Calcutta medical institutions reports 1879-81 [i.e.91]
Year: 1879
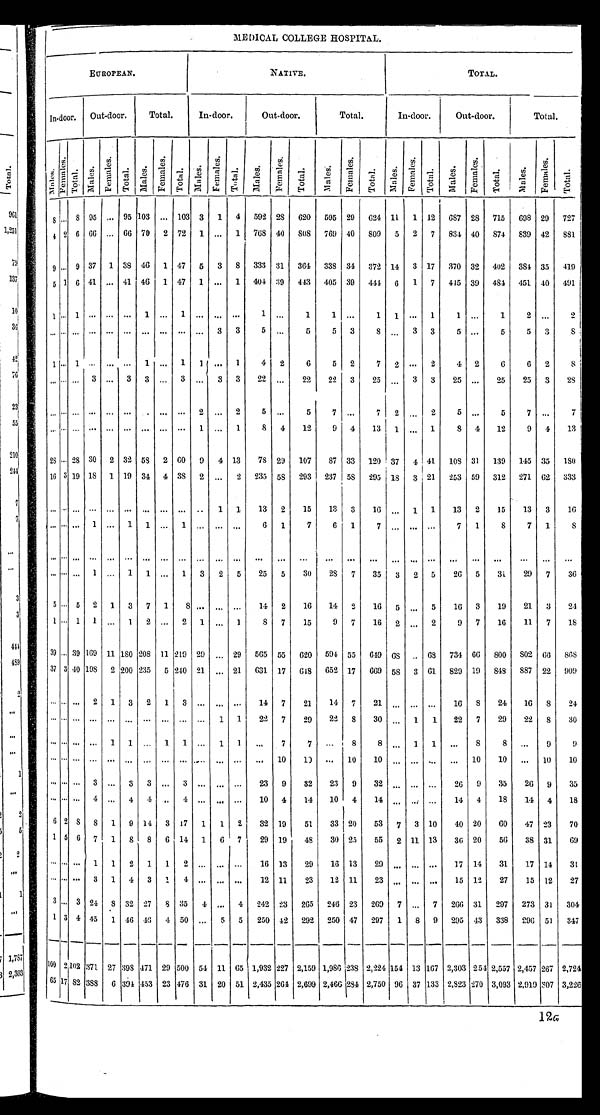
MEDICAL COLLEGE HOSPITAL.
EUROPEAN.
NATIVE.
TOTAL.
Indoor.
Out-door.
T o t a l .
In-door.
Out-door.
Total.
In-door.
Out-door.
Total.
Males
Female
Total
M a l e
F e m a l e
Total
Mal e
F e m a l e
Total
Mal e
Femal e Tot al
M a l e
F e ma l e
T o t a l
Mal e
F e m a l e
T o t a l
M a l e
Female
T o t a l
M a l e F e ma l e
T o t a l
M a l e
Femal e
T o t a l
S ..
8 95 ... 95 103 ... 103 3
1
4
592 28
620
595 29
624 11
1 12
687 2S
715
698 29
727
4 2 6 60 ... 66 70 2 72 1 ... 1 768 40
8 0 8
769 40
809
5
2
7
834 40
874
839 42
881
9 . . . 9 37 1 3S 46 1 47 5 3 8 333 31 364 338 34 372 14 3 17 370 32 402 384 35 419
5 1 6 41 ...
41 46
1 47
1 ...
1
404 39
443
405 39
444 6
1
7
445 39
484
4 5 1 40
491
1 ...
1 ...
...
...
1 ...
1 ... ...
...
1 ...
1
1 ...
1
1 ...
1
1 ...
1
1 ...
2
. . . . . .
...
3 ...
3
3 ...
3 ....
3
3
5
. . .
5
5
3
S ...
3
3
5 ...
5
5
3
3
1 ... 1 ...
...
...
1 ...
1
1
...
1
4
2
6
5
2
7
2 ...
2
4
2
6
6
2
S
... ... ... 3
. . . 3
3 ...
3 ...
3
3
22
. . .
22
22
3
25
. . . 3
3
25 ...
25
25
3
2S
... ... ... .... ... ...
...
... ...
2
. . . .
2
5
. . .
5
7 ...
7
2 ...
2
5 ...
5
7
...
7
... .... ...
... ... ... ... ... ...
1
...
1
8
4
12
9
4
13 1 1 ... 1
8
4
12
9
4
13
2S
. . .
28 30
2 32 53
2 60
9
4 13
78 29
107
87 33
120 37
4 41
108 31
139
145 35
180
16 3 19 18
1 19 34
4 38
2 ...
2
235 58
293
237 5S
295 18
3 21
253 59
312
271 62
333
...
...
...
...
...
...
... ... ...
..
1
1
13
2
15
13
3
16 ..,
1
1
13
2
15
13
3
16
. . . . . . .
. . .
1
. . .
1
1
. . .
1
. . .
. . .
. . .
6
1
7
6
1
7 ... ... ...
7
1
8
7
1
8
...
... ...
...
... ...
... ... ...
..
... ...
. . .
...
. . .
...
...
...
...
...
...
. . . ...
. . . .
. . .
. . .
. . .
... ... ...
1 ...
1
1 ...
1
3
2
5
25
5
30
28
7
35
3
2
5
26
5
3 1
29
7
3 6
5 ... 5
2
1
3
7
1
8
. . .
...
...
14
2
16
14
2
16
5 ...
5
16
3
19
21
3
24
1 ... 1
1 ...
1
2 ...
2
1 ...
1
8
7
15
9
7
16
2 ...
2
9
7
16
11
7
18
3 9
. . .
39 169 11 180 208 11 219 29 ...
29
565 55
620
594 55
649
6 8 .. 08
734 06
800
802
6 6 868
37 3 40 19S
2 200 235
5 210 21 ...
2 1 631
1 7 618
652 17
669
5 8 3 61
829 19
848
887 22
909
. . . . . .
...
2
1
3
2
1
3 ...
... ...
14
7
21
14
7
21 ... ... ...
16
8
24
16
8
24
... ... ...
... ...
. . .
. . .
. . .
. . .
1
1
22
7
29
22
8
30 ...
1
1
22
7
29
22
8
30
...
. . .
...
. . . ...
1
1 ...
1
1 ...
1
1
....
7
7
...
8
8 ...
1
1
...
8
8
...
9
9
. . . . . .
...
. . .
... ...
...
....
... .....
... ...
...
10
1 0 ...
10
10 ... ... ...
...
10
10
...
1 0
10
... ...
...
3 ...
3
3 ...
3 ... ... ...
23
9
32
23
9
32 ... ....
26
9
35
26
9
35
... ......
4
..,
4
4 ...
4 ...
... ...
10
4
14
10
4
14 ... ...
...
14
4
18
14
4
18
6 2 8
8
1
9 14
3 17
1
1
2
32 19
51
33 20
53
7
3 10
40 20
60
47 23
70
1 5 6
7
1
8
8
6 11
1
6
7
29 19
48
30 25
55
2 11 13
36 20
56
38 31
6 9
... ...
...
1 1
2
1
1
2 ...
...
...
16 13
29
16 13
29
...
... ...
17 14
31
17 14
31
...... ...
3
1
4
3
1
4 ...
... ...
12 11
23
12 11
23 ...
... ...
15 12
27
15 12
27
3 . . . 3 24
8
32 27
8 35
4
...
4
242 23
265
246 23
269
7
. . .
7
266 31
297
273 31
304
1
3 4
45
1
46 46
4 50
. . .
5
5
250 42
292
250 47
297
1
8
9
295 43
338
296 51
347
100
2
102
371 27 398
4 7 1 29 500
5 4
11
6 5 1,932 227 2,159 1,986 238 2,224 154 13 167 2,303
2 5 4 2 , 5 5 7
2,457 267 2,724
65 1 7 8 2 388
6 394 453 23 476 3 1 2 0
5 1
2,435 264 2,699 2,466 234 2,750
9 6
37 133 2,823 270 3,093 2,919
3 0 7 3,226
12a